NAE_ERA_R-1765_ENSV_Kirjanike_Liit_1945-1955, lk 18
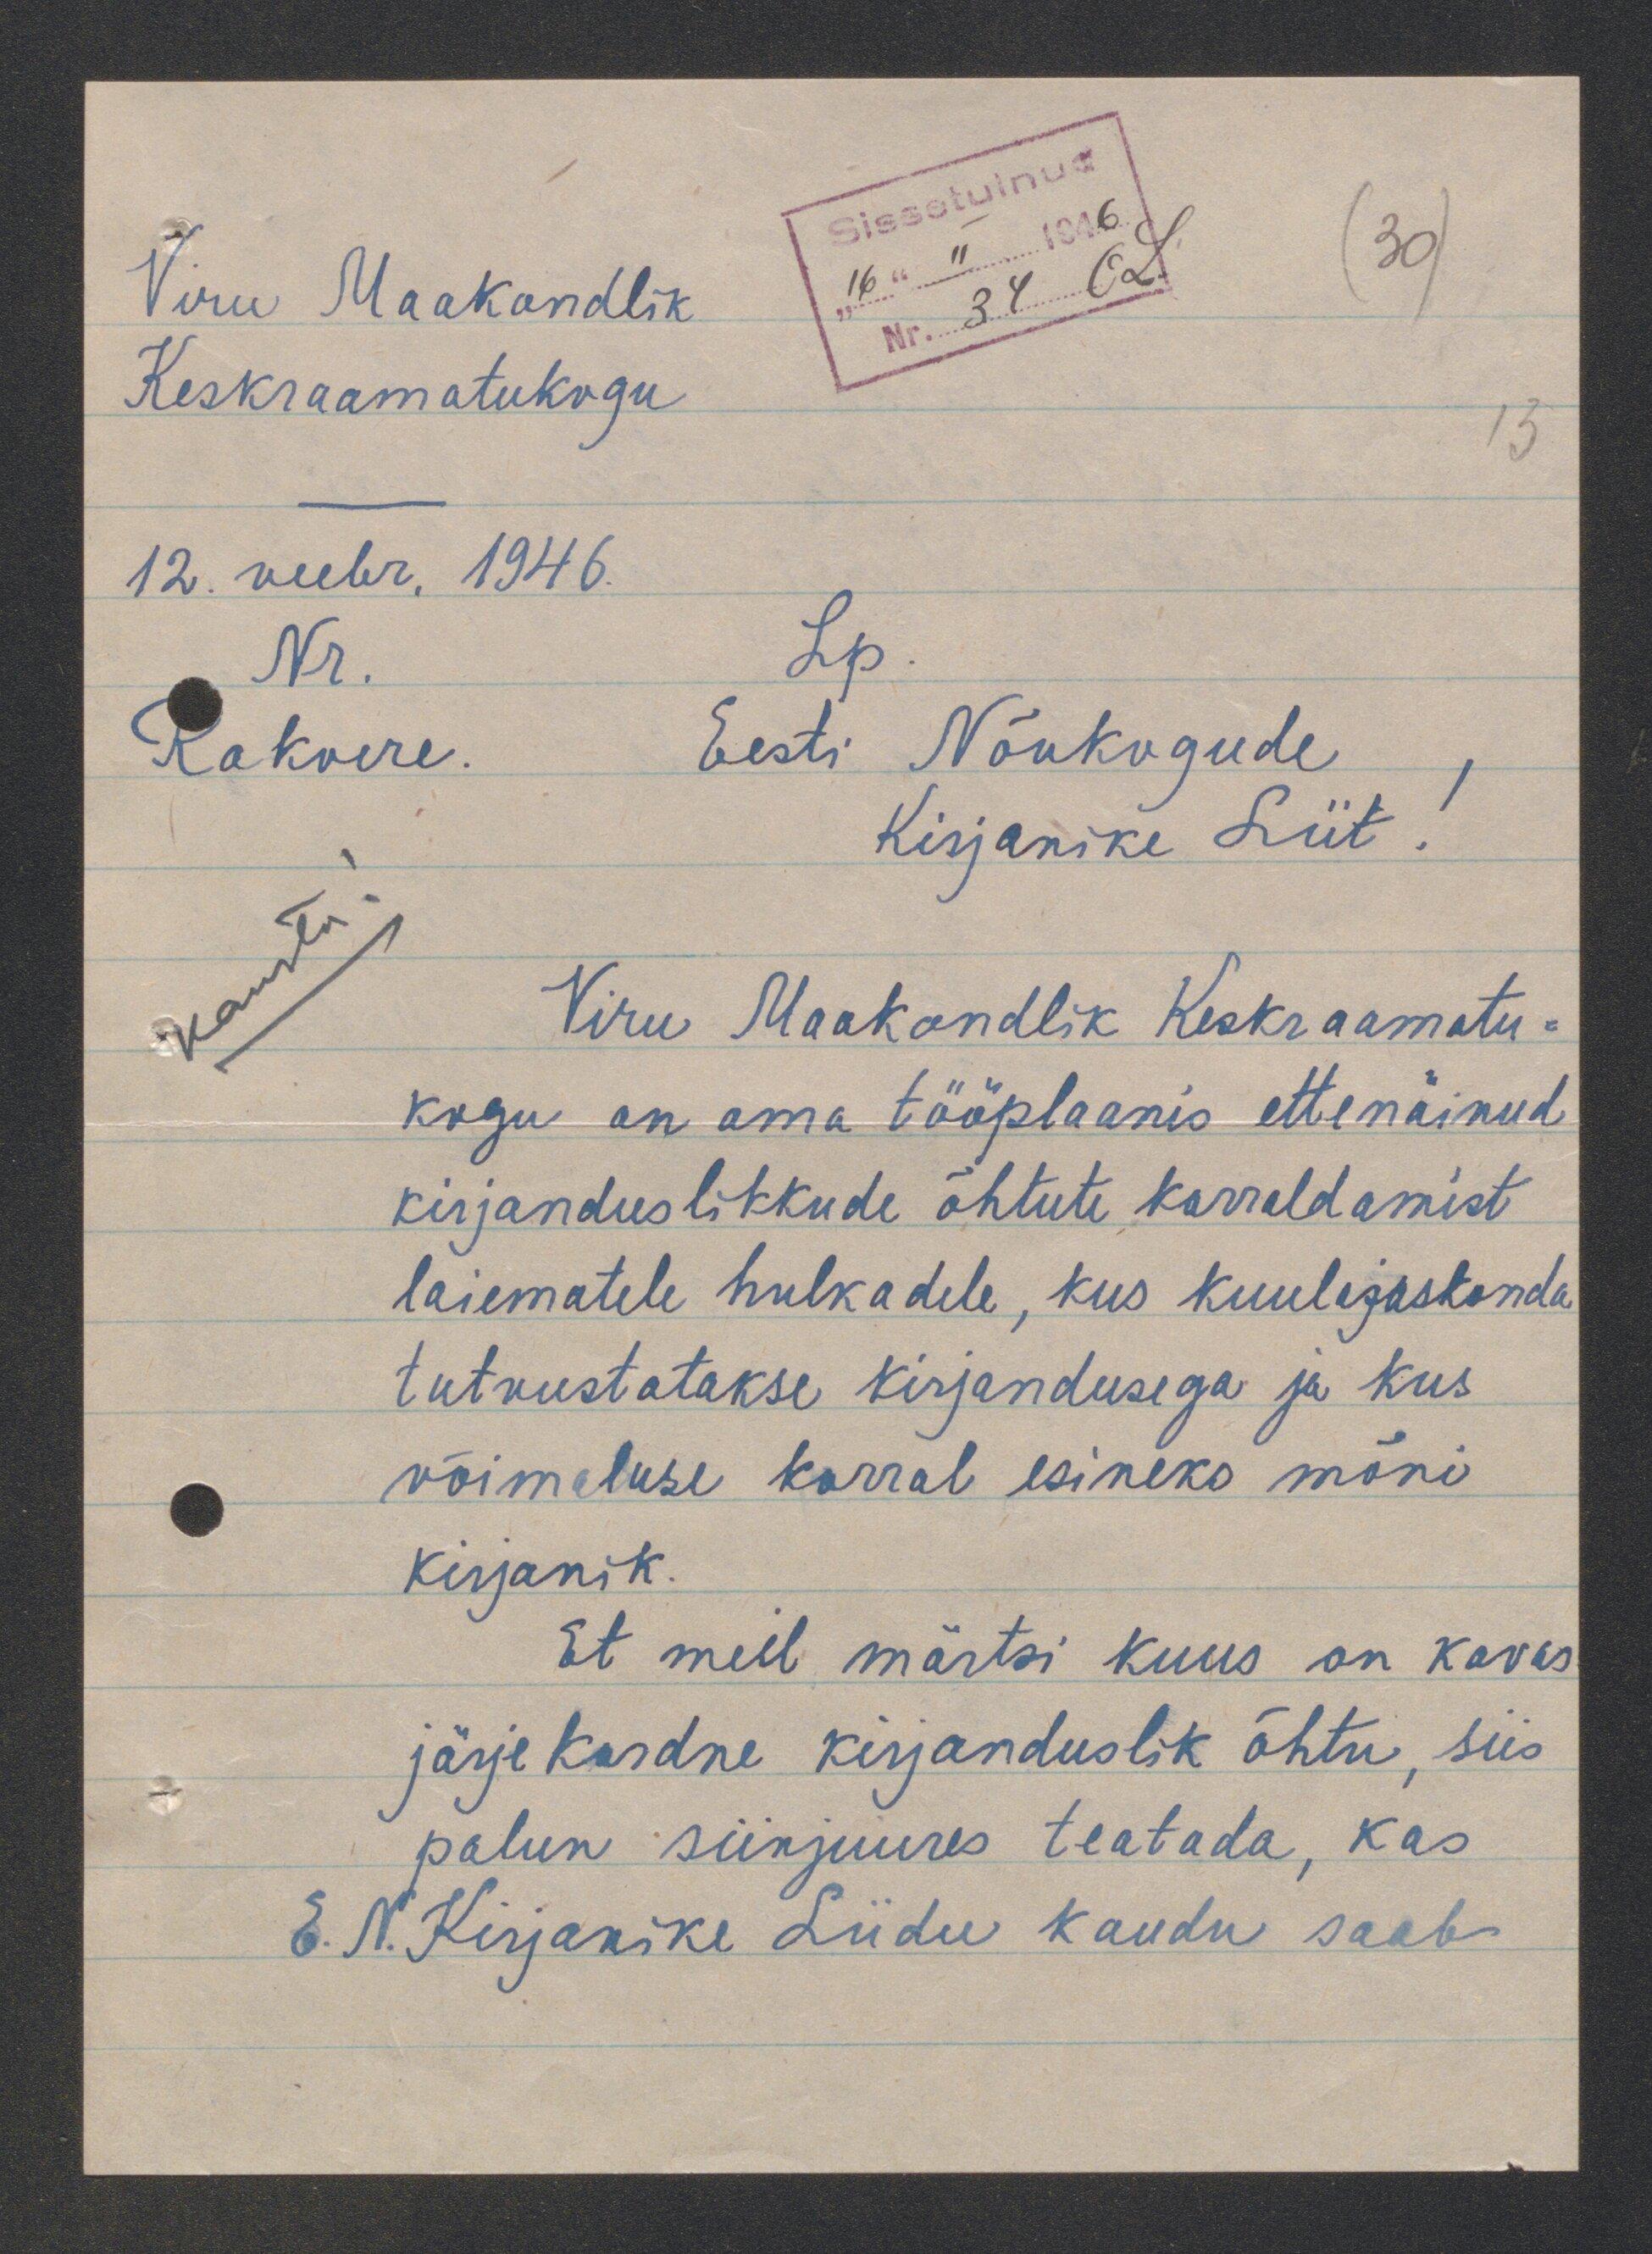
Viru Maakondlik
Keskraamatukogu
12. veebr. 1946.
Lp
Nr.
Eesti Nõukogude
Rakvere.
Kirjanike Liit
Viru Maakondlik Keskraamatu-
kogu on oma tööplaanis ettenäinud
kirjanduslikkude õhtute korraldamist
laiematele hulkadele, kus kuulijaskonda
tutvustatakse kirjandusega ja kus
võimaluse korral esineks mõni
kirjanik.
Et meil märtsi kuus on kavas
järjekordne kirjanduslik õhtu, siis
palun siinjuures teatada, kas
E.N. Kirjanike Liidu kaudu saab